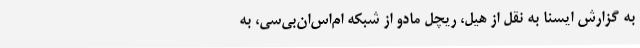
به گزارش ایسنا به نقل از هیل، ریچل مادو از شبکه ام‌اس‌ان‌بی‌سی، به